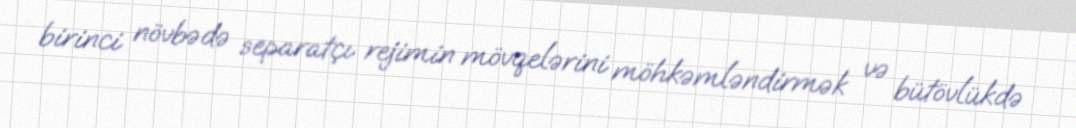
birinci növbədə separatçı rejimin mövqelərini möhkəmləndirmək və bütövlükdə